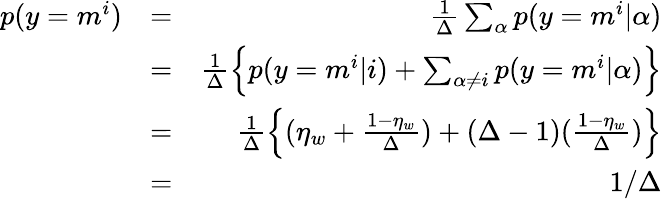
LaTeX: \begin{array}{rlr}{p(y=m^{i})}&{=}&{\frac{1}{\Delta}\sum_{\alpha}p(y=m^{i}|\alpha)}\\ &{=}&{\frac{1}{\Delta}\left\{ p(y=m^{i}|i)+\sum_{\alpha\neq i}p(y=m^{i}|\alpha)\right\} }\\ &{=}&{\frac{1}{\Delta}\left\{ (\eta_{w}+\frac{1-\eta_{w}}{\Delta})+(\Delta-1)(\frac{1-\eta_{w}}{\Delta})\right\} }\\ &{=}&{1/\Delta}\end{array}